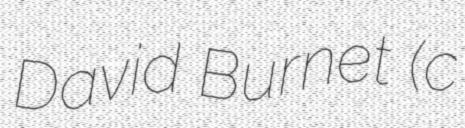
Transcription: David Burnet (c